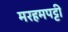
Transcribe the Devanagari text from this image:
मरहमपट्टी